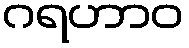
ဂရဟာဝ